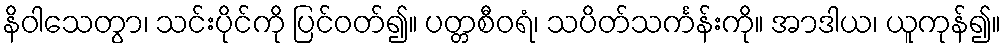
နိဝါသေတွာ၊ သင်းပိုင်ကို ပြင်ဝတ်၍။ ပတ္တစီဝရံ၊ သပိတ်သင်္ကန်းကို။ အာဒါယ၊ ယူကုန်၍။